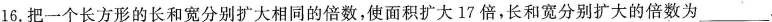
16.把一个长方形的长和宽分别扩大相同的倍数，使面积扩大17倍，长和宽分别扩大的倍数为_____。